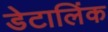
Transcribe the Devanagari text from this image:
डेटालिंक